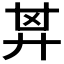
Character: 𢍌